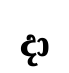
දා